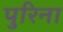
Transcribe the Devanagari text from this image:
पुरिना